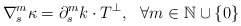
\begin{align*}\nabla _{s}^{m}\kappa = \partial _{s}^{m}k \cdot T^\perp, ~~ \forall m\in\mathbb N\cup\{0\}\end{align*}